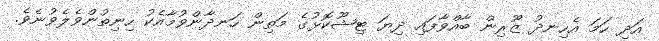
އަދި ހަމަ އެހިނދު ޒޫރިން ބާއްވާފައި ދިޔަ ޓިޝޫކޮޅުގެ މަތިން ހަނދާންވުމާއެކު ހިނިތުންވެލެވުނެވެ.